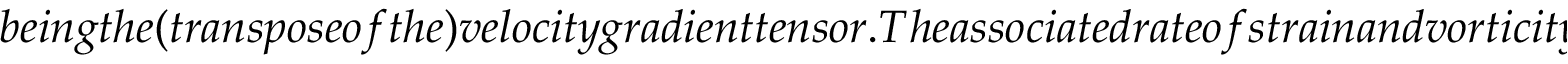
b e i n g t h e ( t r a n s p o s e o f t h e ) v e l o c i t y g r a d i e n t t e n s o r . T h e a s s o c i a t e d r a t e o f s t r a i n a n d v o r t i c i t y t e n s o r s a r e g i v e n b y